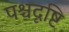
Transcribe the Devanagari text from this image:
पश्चदृष्टि